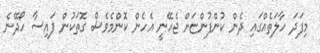
މިފަދަ ހާލަތެއްގައި ދެން ކުންފުންޏަށް ޖެހޭނީ އެހެން ކޮންމެވެސް ގޮތަކުން ފައިސާ ހޯދޭނެ